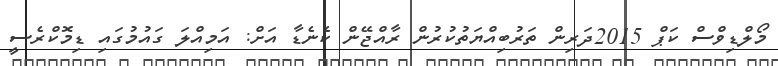
މޯލްޑިވްސް ކަޕް 2015ދަރިން ތަރުބިއްޔަތުކުރުން ރާއްޖޭން ކެނެޑާ އަށް: އަމިއްލަ ގައުމުގައި ޑިމޮކްރެސީ